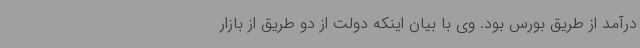
درآمد از طریق بورس بود. وی با بیان اینکه دولت از دو طریق از بازار